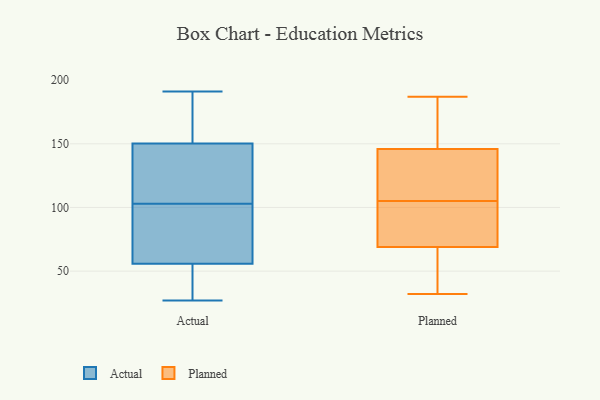
{"axis": {"x": "Customer Acquisition Cost (USD)", "y": "Value"}, "legend": ["Actual", "Planned"], "data": [{"x": "", "y": 61, "type": "Actual"}, {"x": "", "y": 71, "type": "Actual"}, {"x": "", "y": 191, "type": "Actual"}, {"x": "", "y": 57, "type": "Actual"}, {"x": "", "y": 185, "type": "Actual"}, {"x": "", "y": 34, "type": "Actual"}, {"x": "", "y": 181, "type": "Actual"}, {"x": "", "y": 125, "type": "Actual"}, {"x": "", "y": 58, "type": "Actual"}, {"x": "", "y": 103, "type": "Actual"}, {"x": "", "y": 141, "type": "Actual"}, {"x": "", "y": 52, "type": "Actual"}, {"x": "", "y": 107, "type": "Actual"}, {"x": "", "y": 178, "type": "Actual"}, {"x": "", "y": 27, "type": "Actual"}, {"x": "", "y": 125, "type": "Actual"}, {"x": "", "y": 40, "type": "Actual"}, {"x": "", "y": 156, "type": "Planned"}, {"x": "", "y": 147, "type": "Planned"}, {"x": "", "y": 32, "type": "Planned"}, {"x": "", "y": 66, "type": "Planned"}, {"x": "", "y": 78, "type": "Planned"}, {"x": "", "y": 184, "type": "Planned"}, {"x": "", "y": 128, "type": "Planned"}, {"x": "", "y": 105, "type": "Planned"}, {"x": "", "y": 169, "type": "Planned"}, {"x": "", "y": 134, "type": "Planned"}, {"x": "", "y": 95, "type": "Planned"}, {"x": "", "y": 84, "type": "Planned"}, {"x": "", "y": 42, "type": "Planned"}, {"x": "", "y": 110, "type": "Planned"}, {"x": "", "y": 66, "type": "Planned"}, {"x": "", "y": 81, "type": "Planned"}, {"x": "", "y": 47, "type": "Planned"}, {"x": "", "y": 143, "type": "Planned"}, {"x": "", "y": 187, "type": "Planned"}]}